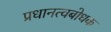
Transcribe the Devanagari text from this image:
प्रधानत्वबोधक